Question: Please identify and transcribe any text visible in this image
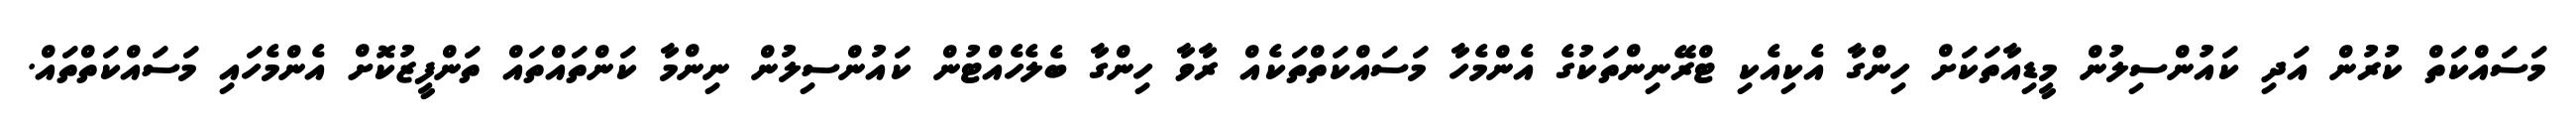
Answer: މަސައްކަތް ކުރުން އަދި ކައުންސިލުން މީޑިއާތަކަށް ހިންގާ އެކިއެކި ޓްރޭނިންތަކުގެ އެންމެހާ މަސައްކަތްތަކެއް ރާވާ ހިންގާ ބެލެހެއްޓުން ކައުންސިލުން ނިންމާ ކަންތައްތައް ތަންފީޒުކޮށް އެންމެހައި މަސައްކަތްތައް.